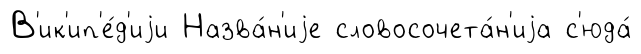
В'ик'ип'е́д'иjи Назва́н'иjе словосочета́н'иjа с'юда́